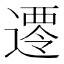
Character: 𮟀